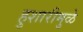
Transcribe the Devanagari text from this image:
हुशारीमुळे